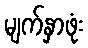
မျက်နှာဖုံး